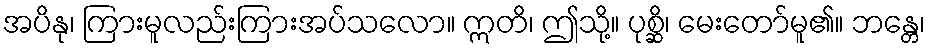
အပိနု၊ ကြားမူလည်းကြားအပ်သလော။ ဣတိ၊ ဤသို့။ ပုစ္ဆိ၊ မေးတော်မူ၏။ ဘန္တေ၊